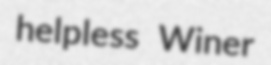
helpless Winer